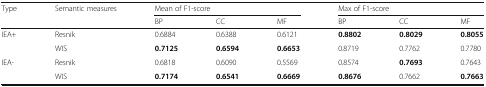
<table><thead><tr><td><b>Type</b></td><td><b>Semantic measures</b></td><td colspan="3"><b>Mean of F1-score</b></td><td colspan="3"><b>Max of F1-score</b></td></tr><tr><td colspan="2">[EMPTY_CELL]</td><td><b>BP</b></td><td><b>CC</b></td><td><b>MF</b></td><td><b>BP</b></td><td><b>CC</b></td><td><b>MF</b></td></tr></thead><tbody><tr><td rowspan="2">IEA+</td><td>Resnik</td><td>0.6884</td><td>0.6388</td><td>0.6121</td><td><b>0.8802</b></td><td><b>0.8029</b></td><td><b>0.8055</b></td></tr><tr><td>WIS</td><td><b>0.7125</b></td><td><b>0.6594</b></td><td><b>0.6653</b></td><td>0.8719</td><td>0.7762</td><td>0.7780</td></tr><tr><td rowspan="2">IEA-</td><td>Resnik</td><td>0.6818</td><td>0.6090</td><td>0.5569</td><td>0.8574</td><td><b>0.7693</b></td><td>0.7643</td></tr><tr><td>WIS</td><td><b>0.7174</b></td><td><b>0.6541</b></td><td><b>0.6669</b></td><td><b>0.8676</b></td><td>0.7662</td><td><b>0.7663</b></td></tr></tbody></table>